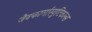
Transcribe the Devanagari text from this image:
जैवफार्मास्युटिकल्स